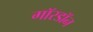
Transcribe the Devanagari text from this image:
गॉरडॉन